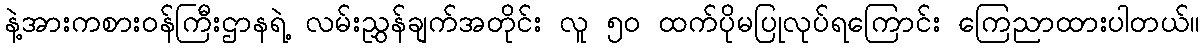
နဲ့အားကစားဝန်ကြီးဌာနရဲ့ လမ်းညွှန်ချက်အတိုင်း လူ ၅၀ ထက်ပိုမပြုလုပ်ရကြောင်း ကြေညာထားပါတယ်။